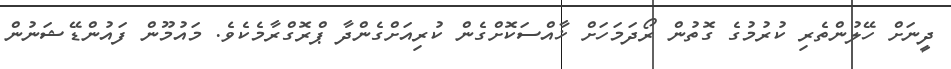
ދީނަށް ހޭލުންތެރި ކުރުމުގެ ގޮތުން ރޯދަމަހަށް ޚާއްސަކޮށްގެން ކުރިއަށްގެންދާ ޕްރޮގްރާމެކެވެ. މައުމޫން ފައުންޑޭޝަނުން